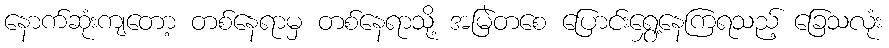
နောက်ဆုံးကျတော့ တစ်နေရာမှ တစ်နေရာသို့ အမြဲတစေ ပြောင်းရွှေ့နေကြရသည့် ခြေသလုံး